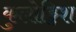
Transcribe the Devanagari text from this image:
कुलोड्डिश